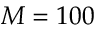
M = 1 0 0